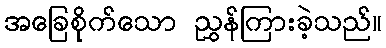
အခြေစိုက်သော ညွှန်ကြားခဲ့သည်။